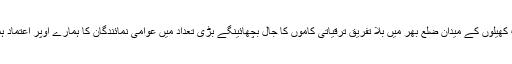
صحت صفائی صاف پانی کی فراہمی اور سڑکوں کی تعمیر سمیت کھیلوں کے میدان ضلع بھر میں بلا تفریق ترقیاتی کاموں کا جال بچھائینگے بڑی تعداد میں عوامی نمائندگان کا ہمارے اوپر اعتماد ہمارے کردار کی پختگی اور صداقت دیانتداری کاواضع ثبوت ہے ۔